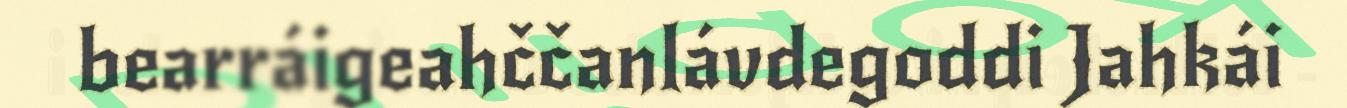
bearráigeahččanlávdegoddi Jahkái